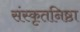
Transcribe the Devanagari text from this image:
संस्कृतनिष्ठा